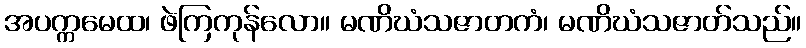
အပက္ကမေထ၊ ဖဲကြကုန်လော။ မဏိဃံသဇာတကံ၊ မဏိဃံသဇာတ်သည်။